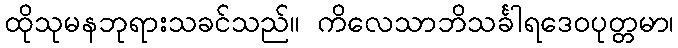
ထိုသုမနဘုရားသခင်သည်။ ကိလေသာဘိသင်္ခါရဒေဝပုတ္တမာ၊